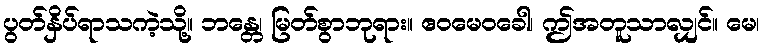
ပွတ်နှိပ်ရာသကဲ့သို့။ ဘန္တေ၊ မြတ်စွာဘုရား။ ဧဝမေဝခေါ၊ ဤအတူသာလျှင်။ မေ၊